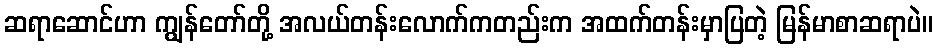
ဆရာဆောင်ဟာ ကျွန်တော်တို့ အလယ်တန်းလောက်ကတည်းက အထက်တန်းမှာပြတဲ့ မြန်မာစာဆရာပဲ။